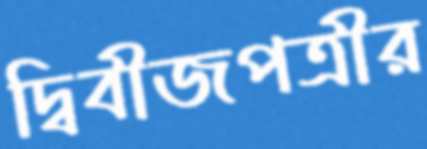
দ্বিবীজপত্রীর